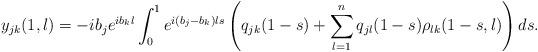
LaTeX: \begin{align*} y_{jk}(1,\l) = -i b_j e^{i b_k \l} \int_{0}^1 e^{i (b_j-b_k) \l s}\left(q_{jk}(1-s) +\sum_{l=1}^n q_{jl}(1-s)\rho_{lk}(1-s,\l)\right)ds.\end{align*}